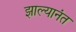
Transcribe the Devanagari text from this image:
झाल्यानंत